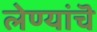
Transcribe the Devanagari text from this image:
लेण्यांचॆ